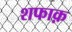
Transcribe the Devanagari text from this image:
शफाक़